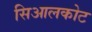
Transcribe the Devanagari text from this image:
सिआलकोट